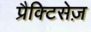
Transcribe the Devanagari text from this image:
प्रैक्टिसेज़